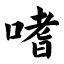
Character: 嗜